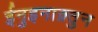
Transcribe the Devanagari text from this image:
ईनुइनाक़्तुन